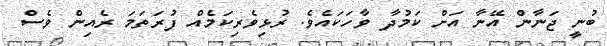
ބުނީ ޖަނާން އޭނާ އަށް ކަމުދާ ވާހަކައެވެ. ރުޅިވެރިކަމެއް ފުރަތަމަ ރެއިން ވެސް